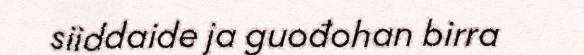
siiddaide ja guođohan birra